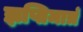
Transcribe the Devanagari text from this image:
ज्ञप्तिमात्रं